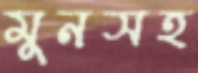
মুনসহ